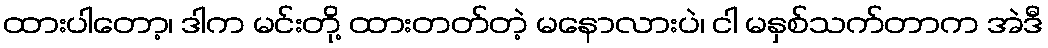
ထားပါတော့၊ ဒါက မင်းတို့ ထားတတ်တဲ့ မနောလားပဲ၊ ငါ မနှစ်သက်တာက အဲဒီ